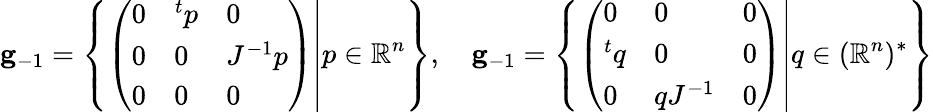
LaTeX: \mathbf{g}_{-1}=\left\{ \left.{\left(\begin{array}{lll}{0}&{^{t}p}&{0}\\ {0}&{0}&{J^{-1}p}\\ {0}&{0}&{0}\end{array}\right)}\right|p\in\mathbb{R}^{n}\right\} ,\quad\mathbf{g}_{-1}=\left\{ \left.{\left(\begin{array}{lll}{0}&{0}&{0}\\ {^{t}q}&{0}&{0}\\ {0}&{qJ^{-1}}&{0}\end{array}\right)}\right|q\in(\mathbb{R}^{n})^{*}\right\}